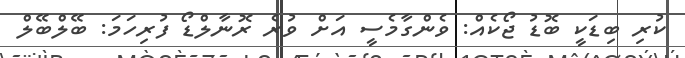
ކުރި ބިޑަކީ ބޮޑު ޖޯކެއް: ވެންގާމެސީ އަށް ވުރެ ރޮނާލްޑޯ ފުރިހަމަ: ބޭލްބޭލް